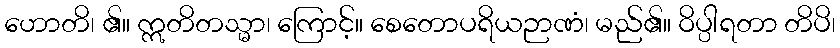
ဟောတိ၊ ၏။ ဣတိတသ္မာ၊ ကြောင့်။ စေတောပရိယဉာဏံ၊ မည်၏။ ဝိပ္ပါရတာ တိပိ၊